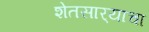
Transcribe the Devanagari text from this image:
शेतसार्‍याचा